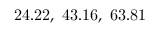
\mathrm { 2 4 . 2 2 , ~ 4 3 . 1 6 , ~ 6 3 . 8 1 }